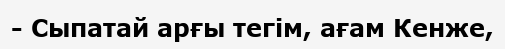
- Сыпатай арғы тегім, ағам Кенже,